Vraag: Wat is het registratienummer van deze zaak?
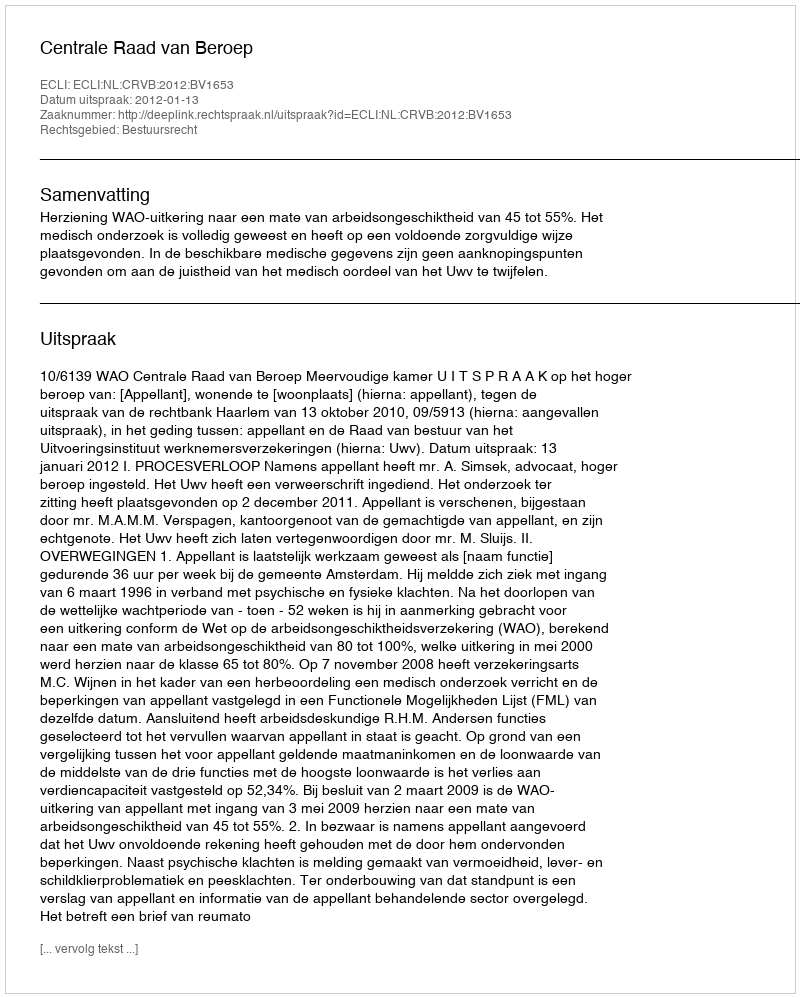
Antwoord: http://deeplink.rechtspraak.nl/uitspraak?id=ECLI:NL:CRVB:2012:BV1653